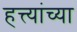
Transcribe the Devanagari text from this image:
हत्त्यांच्या